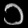
Digit: ၁